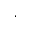
^ { , }